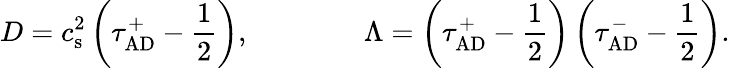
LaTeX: D=c_{\mathrm{s}}^{2}\left(\tau_{\mathrm{AD}}^{+}-\frac{1}{2}\right),\qquad\qquad\Lambda=\left(\tau_{\mathrm{AD}}^{+}-\frac{1}{2}\right)\left(\tau_{\mathrm{AD}}^{-}-\frac{1}{2}\right).